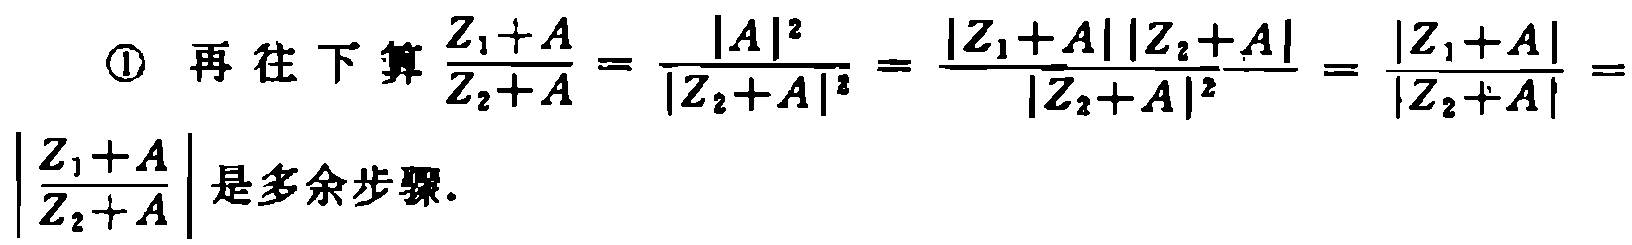
\textcircled{1} 再往下算$\frac{Z_1 + A}{Z_2 + A}=\frac{|A|^2}{|Z_2 + A|^2}=\frac{|Z_1 + A||Z_2 + A|}{|Z_2 + A|^2}=\frac{|Z_1 + A|}{|Z_2 + A|}=\left|\frac{Z_1 + A}{Z_2 + A}\right|$是多余步骤.